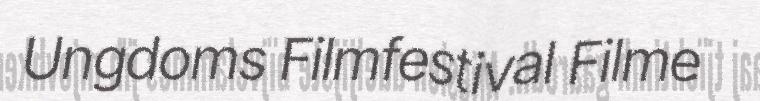
Ungdoms Filmfestival Filme